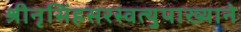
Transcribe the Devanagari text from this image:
श्रीनृसिंहसरस्वत्युपाख्याने